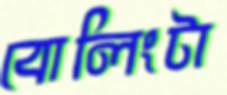
বোলিংটা